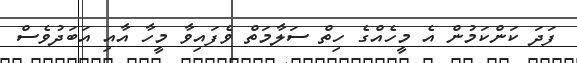
ފަދަ ކަންކަމުން އެ މީހެއްގެ ހިތް ސަލާމަތް ވެފައިވާ މީހާ އާއި އަބަދުވެސް